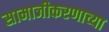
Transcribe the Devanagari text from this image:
सामाजीकरणाच्या